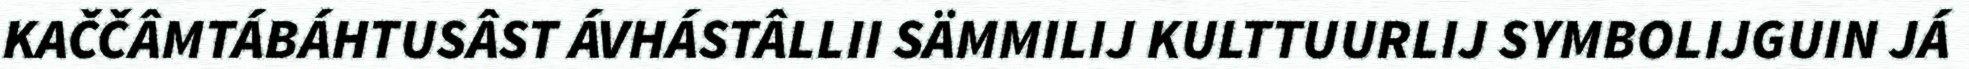
KAČČÂMTÁBÁHTUSÂST ÁVHÁSTÂLLII SÄMMILIJ KULTTUURLIJ SYMBOLIJGUIN JÁ